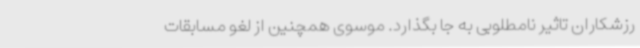
رزشکاران تاثیر نامطلوبی به جا بگذارد. موسوی همچنین از لغو مسابقات